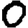
Digit: 0